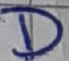
Text: D